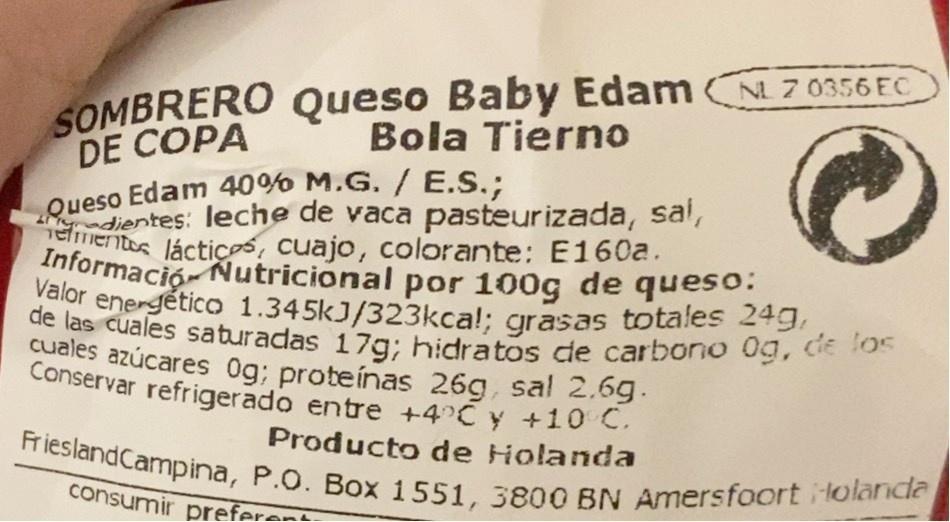
SOMBRERO Queso Baby Edam 70356 EC DE COPA
Bola Tierno
Queso Edam 40% M.G. / E.S.: dientes: leche de vaca pasteurizada, sal, amientos lácticos, cuajo, colorante: E160a. Informació Nutricional por 100g de queso: Valor energético 1.345kJ/323kca!; grasas totales 24g, de las cuales saturadas 17g; hidratos de carbono 0g, de los cuales azúcares Og; proteínas 26g, sal 2.6g. Conservar refrigerado entre +4 C y +10 C.
Producto de Holanda
FrieslandCampina, P.O. Box 1551, 3800 BN Amersfoort ilolanda
consumir preferent